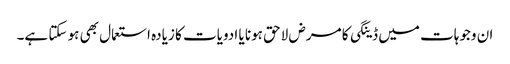
ان وجوہات میں ڈینگی کا مرض لاحق ہونا یا ادویات کا زیادہ استعمال بھی ہو سکتا ہے۔